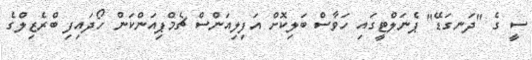
ސީ ގެ "ދަނގަޑޭ" ޕެނަލްޓީގައި ހަވާސް ބަލިކޮށް އަފިލިއަންސް ޗެމްޕިއަންކަން ހޯދައިފި ބްރެޒިލްގެ